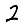
Digit: 2